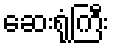
ဆေးရုံကြီး